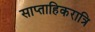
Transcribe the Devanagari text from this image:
साप्ताहिकरात्रि